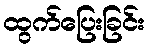
ထွက်ပြေးခြင်း